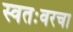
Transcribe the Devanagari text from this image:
स्वतःवरचा